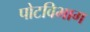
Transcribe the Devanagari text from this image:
पोटविभाग